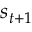
s _ { t + 1 }